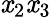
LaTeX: \mathit{x}_{2}\mathit{x}_{3}